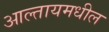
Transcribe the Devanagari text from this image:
आल्तायमधील